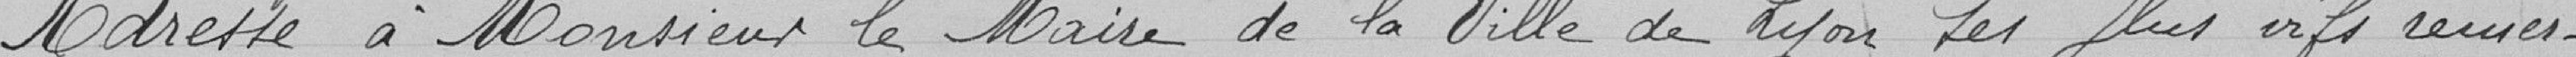
Adresse à Monsieur le Maire de la Ville de Lyon ses plus vifs remer-